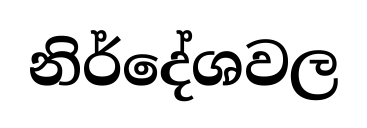
නිර්දේශවල